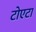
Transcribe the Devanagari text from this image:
टोएटा